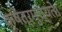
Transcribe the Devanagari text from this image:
क्षेत्रमुच्यते।